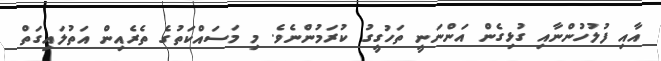
އާއި ފުލުހުންނާއި ގުޅިގެން އަންނަނީ ތަހުގީގު ކުރަމުންނެވެ. މި މަސައްކަތުގެ ތެރެއިން އަތުލައިގަތް